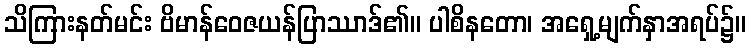
သိကြားနတ်မင်း ဗိမာန်ဝေဇယန်ပြာဿာဒ်၏။ ပါစိနတော၊ အရှေ့မျက်နှာအရပ်၌။